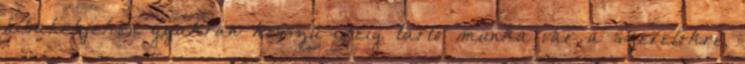
hibahelyeken gyakran hosszú ideig tartó munka vár a szerelőkre,